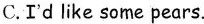
C.I'd like some pears.